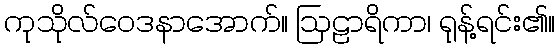
ကုသိုလ်ဝေဒနာအောက်။ ဩဠာရိကာ၊ ရုန့်ရင်း၏။